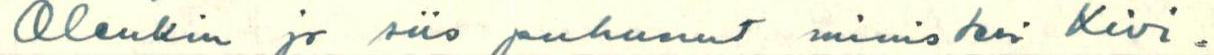
Olenkin jo siis puhunut ministeri Kivi=